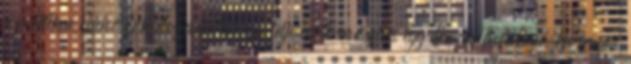
a politikai bűnözők elszámoltatása teljesen természetes egy demokráciában.ha semmi